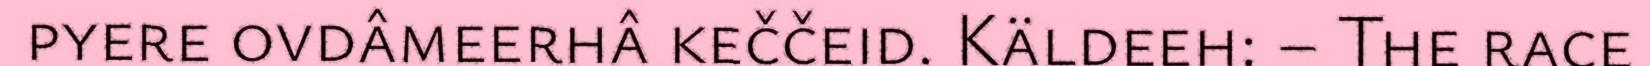
pyere ovdâmeerhâ keččeid. Käldeeh: – The race